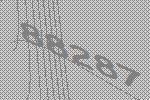
88287